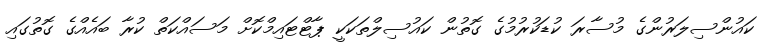
ކައުންސިލަރުންގެ މުސާރަ ކުޑަކުރުމުގެ ގޮތުން ކައުސިލްތަކަކީ ޕާޓްޓައިމްކޮށް މަސައްކަތް ކުރާ ބައެއްގެ ގޮތުގައި